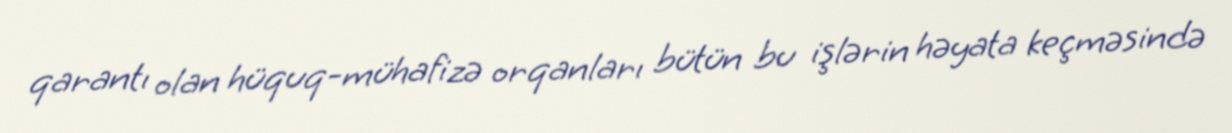
qarantı olan hüquq-mühafizə orqanları bütün bu işlərin həyata keçməsində